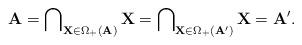
LaTeX: \begin{align*}\mathbf{A} = \bigcap\nolimits_{\mathbf{X} \in\Omega_{+}(\mathbf{A})} \mathbf{X} = \bigcap\nolimits_{\mathbf{X} \in\Omega_{+}(\mathbf{A}')} \mathbf{X} = \mathbf{A}'.\end{align*}